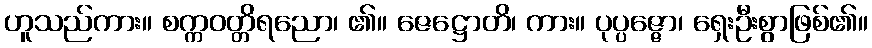
ဟူသည်ကား။ စက္ကဝတ္တိရညော၊ ၏။ ဇေဋ္ဌောတိ၊ ကား။ ပုပ္ပဇ္ဇော၊ ရှေးဦးစွာဖြစ်၏။